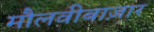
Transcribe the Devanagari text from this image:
मौलवीबाज़ार